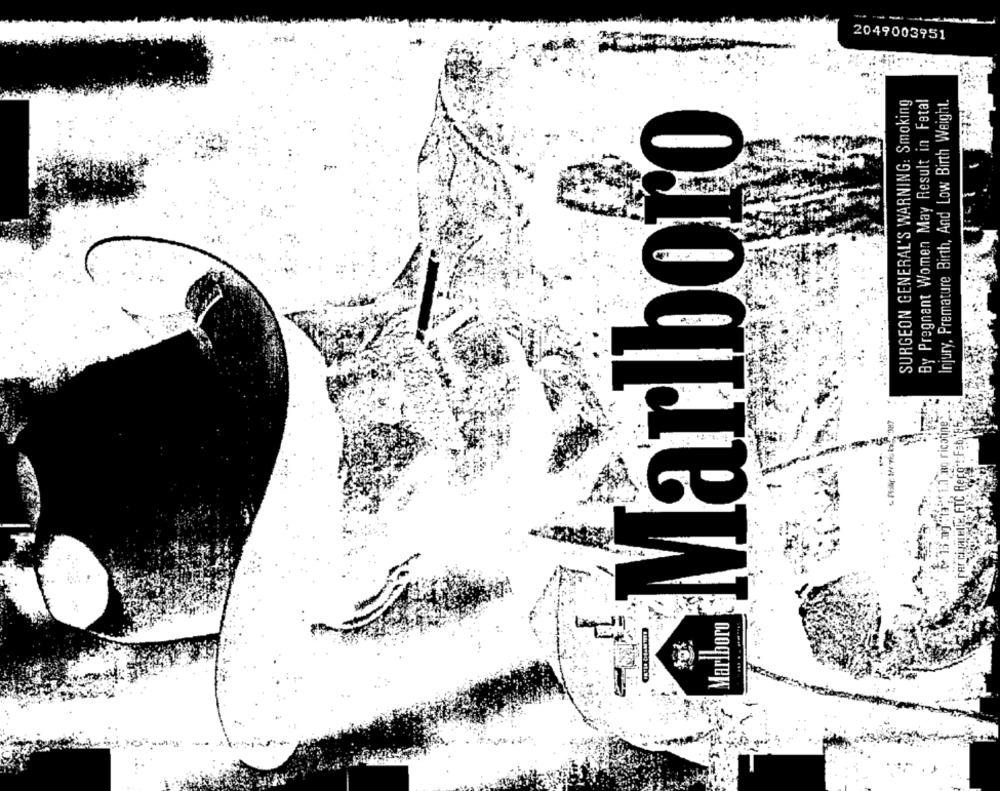
2049003951
Marlboro
SURGEON GENERAL'S WARNING: Smoking
By Pregnant Women May Result in Fetal
Injury, Premature Birth, And Low Birth Weight.
Marlboro